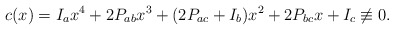
\begin{align*}c(x)=I_ax^4+2P_{ab}x^3+(2P_{ac}+I_b)x^2+2P_{bc}x+I_c\not\equiv 0.\end{align*}